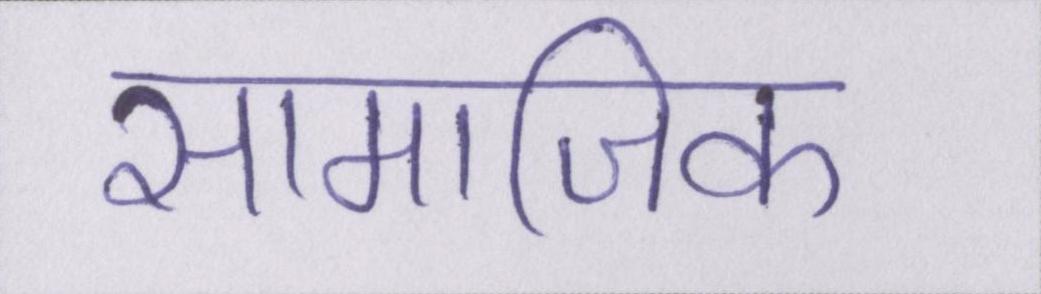
सामाजिक